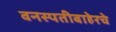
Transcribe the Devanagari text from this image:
वनस्पतीबाहेरचे